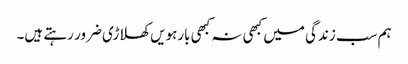
ہم سب زندگی میں کبھی نہ کبھی بارہویں کھلاڑی ضرور رہتے ہیں۔